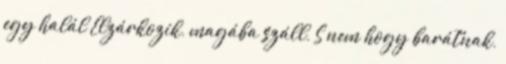
egy halál Elzárkozik, magába száll, S nem hogy barátnak,